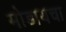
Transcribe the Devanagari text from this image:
मोडायचा